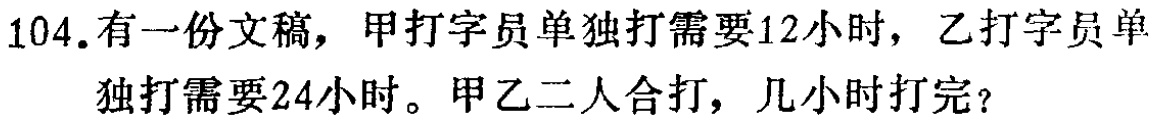
104. 有一份文稿，甲打字员单独打需要12小时，乙打字员单独打需要24小时。甲乙二人合打，几小时打完？